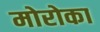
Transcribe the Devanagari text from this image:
मोरोका